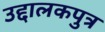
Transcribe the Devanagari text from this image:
उद्दालकपुत्र